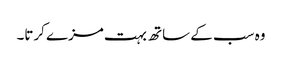
وہ سب کے ساتھ بہت مزے کرتا۔